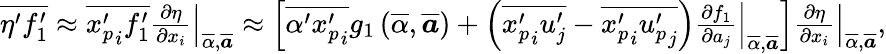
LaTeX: \begin{array}{r}{\overline{{\eta^{\prime}f_{1}^{\prime}}}\approx\overline{{{x_{p}^{\prime}}_{i}f_{1}^{\prime}}}\left.\frac{\partial\eta}{\partial x_{i}}\right|_{\overline{{\alpha}},\overline{{\boldsymbol{a}}}}\approx\left[\overline{{\alpha^{\prime}{x_{p}^{\prime}}_{i}}}g_{1}\left(\overline{{\alpha}},\overline{{\boldsymbol a}}\right)+\left(\overline{{{x_{p}^{\prime}}_{i}u_{j}^{\prime}}}-\overline{{{x_{p}^{\prime}}_{i}{u_{p}^{\prime}}_{j}}}\right)\left.\frac{\partial f_{1}}{\partial a_{j}}\right|_{\overline{{\alpha}},\overline{{\boldsymbol{a}}}}\right]\left.\frac{\partial\eta}{\partial x_{i}}\right|_{\overline{{\alpha}},\overline{{\boldsymbol{a}}}},}\end{array}